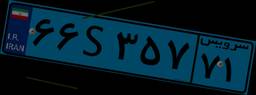
۸۶S۳۴۰۲۷